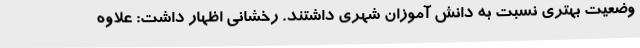
وضعیت بهتری نسبت به دانش آموزان شهری داشتند. رخشانی اظهار داشت: علاوه